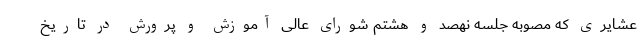
عشایری که مصوبه جلسه نهصد و هشتم شورای عالی آموزش و پرورش در تاریخ